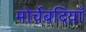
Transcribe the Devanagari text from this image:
मोर्चेबंदियाँ